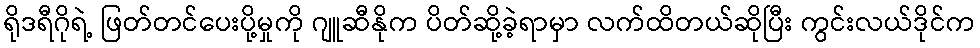
ရိုဒရီဂိုရဲ့ ဖြတ်တင်ပေးပို့မှုကို ဂျူဆီနိုက ပိတ်ဆို့ခဲ့ရာမှာ လက်ထိတယ်ဆိုပြီး ကွင်းလယ်ဒိုင်က